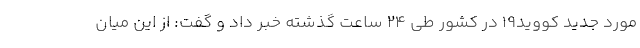
مورد جدید کووید۱۹ در کشور طی ۲۴ ساعت گذشته خبر داد و گفت: از این میان